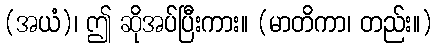
(အယံ)၊ ဤ ဆိုအပ်ပြီးကား။ (မာတိကာ၊ တည်း။)